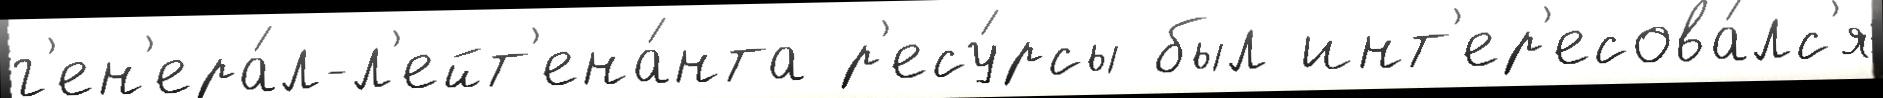
г'ен'ера́л-л'ейт'ена́нта р'есу́рсы был инт'ер'есова́лс'я